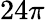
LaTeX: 24\pi